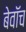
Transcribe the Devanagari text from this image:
बेवॉच